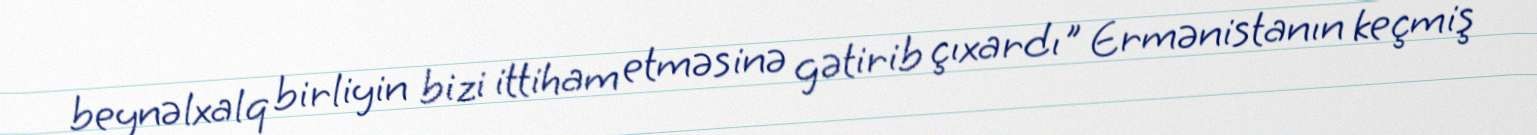
beynəlxalq birliyin bizi ittiham etməsinə gətirib çıxardı" Ermənistanın keçmiş